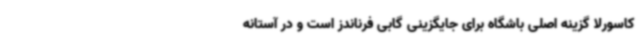
کاسورلا گزینه اصلی باشگاه برای جایگزینی گابی فرناندز است و در آستانه